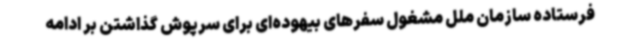
فرستاده سازمان ملل مشغول سفرهای بیهوده‌ای برای سرپوش گذاشتن بر ادامه